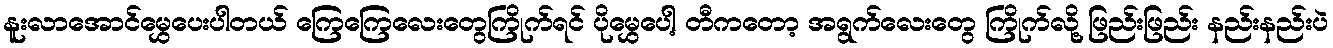
နူးလာအောင်မွှေပေးပါတယ် ကြေကြေလေးတွေကြိုက်ရင် ပိုမွှေပေါ့ တီကတော့ အရွက်လေးတွေ ကြိုက်လို့ ဖြည်းဖြည်း နည်းနည်းပဲ